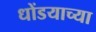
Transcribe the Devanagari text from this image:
धोंडयाच्या